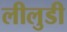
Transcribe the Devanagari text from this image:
लीलुडी